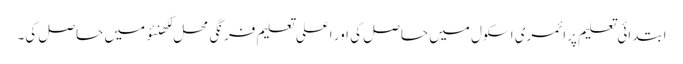
ابتدائی تعلیم پرائمری اسکول میں حاصل کی اور اعلی تعلیم فرنگی محل لکھنئو میں حاصل کی۔